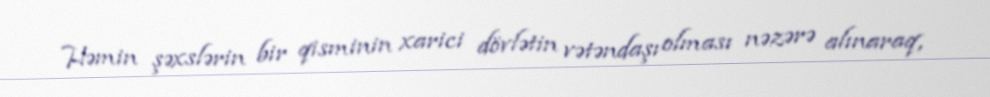
Həmin şəxslərin bir qisminin xarici dövlətin vətəndaşı olması nəzərə alınaraq,